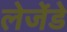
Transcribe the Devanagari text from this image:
लेजेंडे